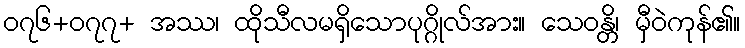
၀၇၆+၀၇၇+ အဿ၊ ထိုသီလမရှိသောပုဂ္ဂိုလ်အား။ သေဝန္တိ၊ မှီဝဲကုန်၏။